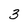
Character: 3